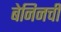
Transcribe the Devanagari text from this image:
बेनिनची